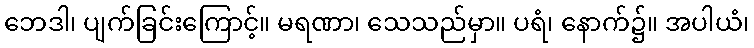
ဘေဒါ၊ ပျက်ခြင်းကြောင့်။ မရဏာ၊ သေသည်မှာ။ ပရံ၊ နောက်၌။ အပါယံ၊